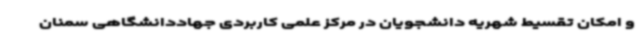
و امکان تقسیط شهریه دانشجویان در مرکز علمی کاربردی جهاددانشگاهی سمنان